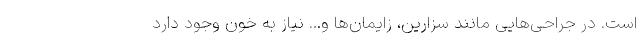
است. در جراحی‌هایی مانند سزارین، زایمان‌ها و... نیاز به خون وجود دارد